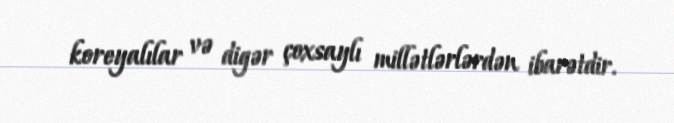
koreyalılar və digər çoxsaylı millətlərlərdən ibarətdir.